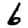
Digit: 6